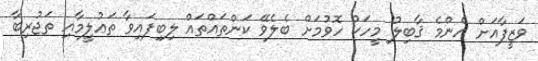
ވަޒީފާއަށް އެންމެ ޤާބިލު މީހަކު ހޮވުމަށް ބެލެވޭ ކަންތައްތައް ލިބިފައިވާ ތަޢުލީމާއި ތަޖުރިބާ